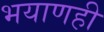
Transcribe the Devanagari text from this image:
भयाणही